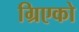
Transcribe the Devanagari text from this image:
ग्रिएको